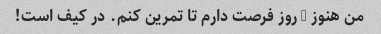
من هنوز 5 روز فرصت دارم تا تمرین کنم. در کیف است!